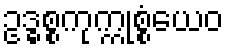
ဥဒ္ဓစ္စကုက္ကုစ္စံယေဝ